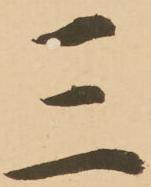
三